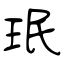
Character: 珉